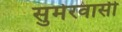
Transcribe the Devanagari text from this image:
सुमेरवासी